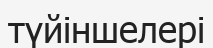
түйіншелері